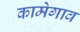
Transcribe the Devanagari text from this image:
कामेगाव